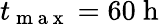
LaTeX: t_{\mathrm{~m~a~x~}}=60\mathrm{~h~}